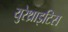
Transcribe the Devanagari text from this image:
युरेथ्राइटिस